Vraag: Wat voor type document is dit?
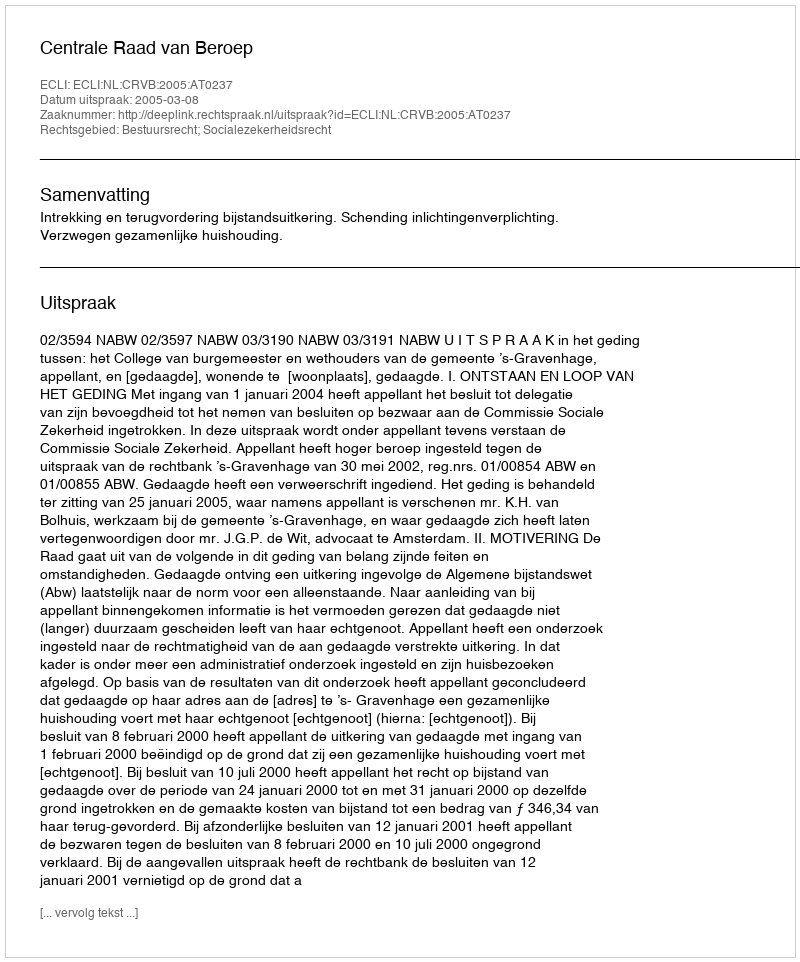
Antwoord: Uitspraak